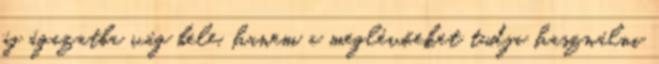
új ágazatba vág bele, hanem a meglévőeket tudja használni